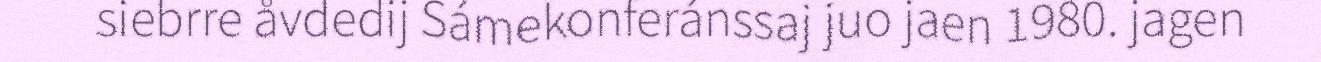
siebrre åvdedij Sámekonferánssaj juo jaen 1980. jagen